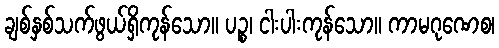
ချစ်နှစ်သက်ဖွယ်ရှိကုန်သော။ ပဉ္စ၊ ငါးပါးကုန်သော။ ကာမဂုဏေစ၊